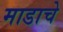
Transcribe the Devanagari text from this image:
माडाचे